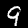
Label: 9